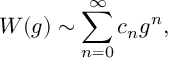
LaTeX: W ( g ) \sim \sum _ { n = 0 } ^ { \infty } c _ { n } g ^ { n } ,